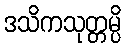
ဒသိကသုတ္တမ္ပိ